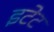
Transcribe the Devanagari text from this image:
इटेट